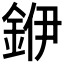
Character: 𮡶